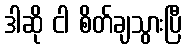
ဒါဆို ငါ စိတ်ချသွားပြီ